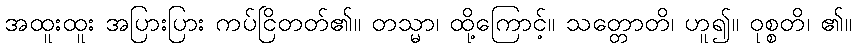
အထူးထူး အပြားပြား ကပ်ငြိတတ်၏။ တသ္မာ၊ ထို့ကြောင့်။ သတ္တောတိ၊ ဟူ၍။ ဝုစ္စတိ၊ ၏။